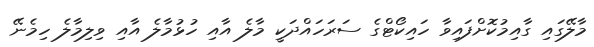
މާލޭގައި ގާއިމުކޮށްފައިވާ ހައިކޯޓްގެ ސަރަހައްދަކީ މާލެ އާއި ހުޅުމާލެ އާއި ވިލިމާލެ ހިމެނޭ